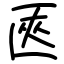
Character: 匧